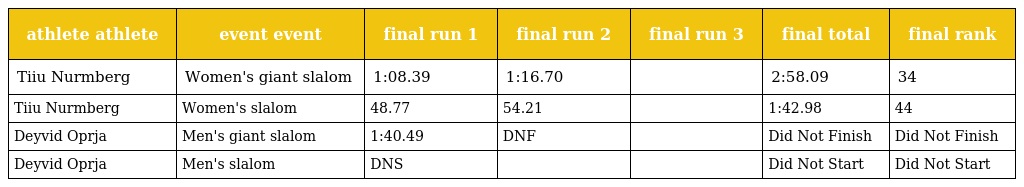
| athlete athlete | event event | final run 1 | final run 2 | final run 3 | final total | final rank |
 | --- | --- | --- | --- | --- | --- | --- |
 | Tiiu Nurmberg | Women's giant slalom | 1:08.39 | 1:16.70 |  | 2:58.09 | 34 |
 | Tiiu Nurmberg | Women's slalom | 48.77 | 54.21 |  | 1:42.98 | 44 |
 | Deyvid Oprja | Men's giant slalom | 1:40.49 | DNF |  | Did Not Finish | Did Not Finish |
 | Deyvid Oprja | Men's slalom | DNS |  |  | Did Not Start | Did Not Start |